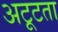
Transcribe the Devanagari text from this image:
अटूटता